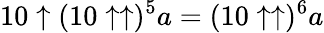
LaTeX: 10\uparrow(10\uparrow\uparrow)^{5}a=(10\uparrow\uparrow)^{6}a